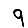
Digit: 9